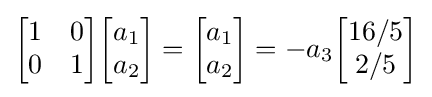
{\begin{bmatrix}1&0\\0&1\end{bmatrix}}{\begin{bmatrix}a_{1}\\a_{2}\end{bmatrix}}={\begin{bmatrix}a_{1}\\a_{2}\end{bmatrix}}=-a_{3}{\begin{bmatrix}16/5\\2/5\end{bmatrix}}